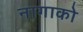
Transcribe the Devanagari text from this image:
नागाको